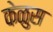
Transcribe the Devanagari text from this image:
केळुस